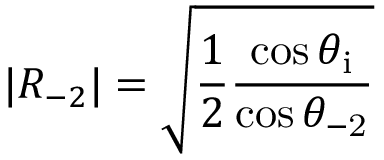
| R _ { - 2 } | = \sqrt { \frac { 1 } { 2 } \frac { \cos { \theta _ { \mathrm { i } } } } { \cos { \theta _ { \mathrm { - 2 } } } } }